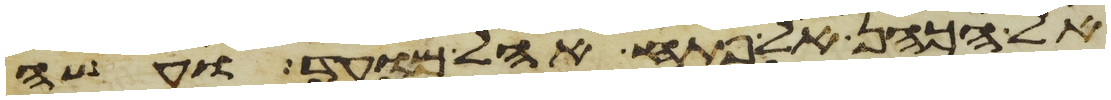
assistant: אל הכהן אל פתח אהל מועד ועשה